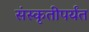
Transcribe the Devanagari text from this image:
संस्कृतीपर्यंत